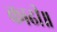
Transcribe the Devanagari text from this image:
काढी॥